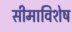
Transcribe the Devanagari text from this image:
सीमाविशेष